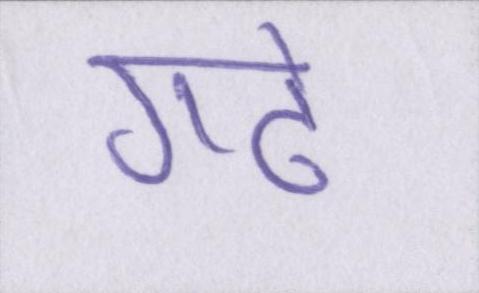
गढे